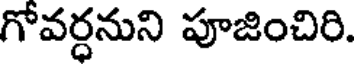
గోవర్ధనుని పూజించిరి.